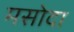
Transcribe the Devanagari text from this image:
मसोदा